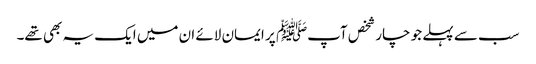
سب سے پہلے جو چار شخص آپﷺ پر ایمان لائے ان میں ایک یہ بھی تھے۔